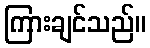
ကြားချင်သည်။